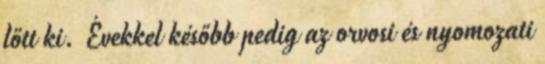
lőtt ki. Évekkel később pedig az orvosi és nyomozati